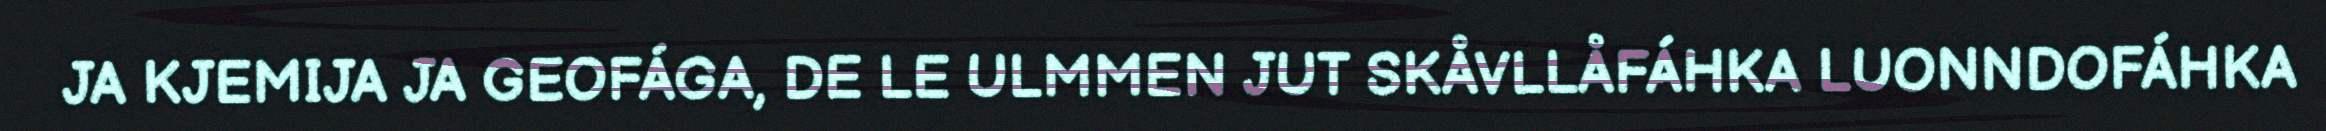
JA KJEMIJA JA GEOFÁGA, DE LE ULMMEN JUT SKÅVLLÅFÁHKA LUONNDOFÁHKA